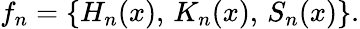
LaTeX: f_{n}=\{ H_{n}(x),\, K_{n}(x),\, S_{n}(x)\} .